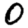
Digit: 0